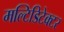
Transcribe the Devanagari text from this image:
मल्टिडिटेक्टर